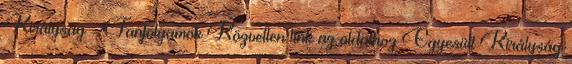
Királyság - Tanfolyamok Közvetlen link az oldalhoz Egyesült Királyság